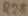
Text: R28